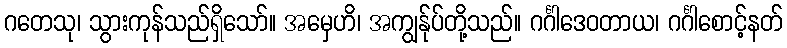
ဂတေသု၊ သွားကုန်သည်ရှိသော်။ အမှေဟိ၊ အကျွန်ုပ်တို့သည်။ ဂင်္ဂါဒေဝတာယ၊ ဂင်္ဂါစောင့်နတ်